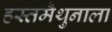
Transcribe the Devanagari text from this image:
हस्तमैथुनाला